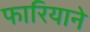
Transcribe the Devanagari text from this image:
फारियाने